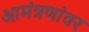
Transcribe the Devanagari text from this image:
आमंत्रणांवर